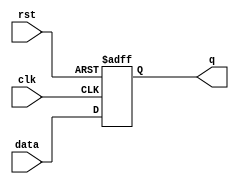
module reg8(q, data, clk, rst); // eight bit register
output [7:0] q;
input [7:0] data;
input clk, rst;
reg [7:0] q;

always @(posedge clk or posedge rst)
begin
	if (rst)
		q = 0;
	else
		q = data;
end
endmodule